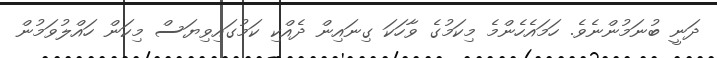
ދަނީ ބުނަމުންނެވެ. ހަމައެހެންމެ މިކަމުގެ ވާހަކަ ގިނައިން ދެއްކި ކަމުގައިވިޔަސް މިކަން ހައްލުވަމުން